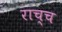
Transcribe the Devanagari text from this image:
राच्च